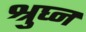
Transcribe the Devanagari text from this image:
श्रुघ्न